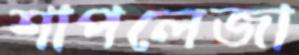
শাপলেজা